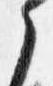
之